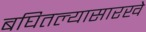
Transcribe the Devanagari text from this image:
बघितल्यासारखे